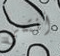
أنتمي